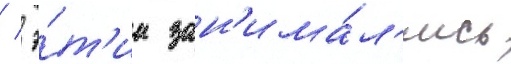
/  э́т'им зан'има́л'ись